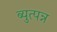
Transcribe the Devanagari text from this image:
ब्युत्पन्न